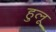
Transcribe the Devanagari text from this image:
हुलू